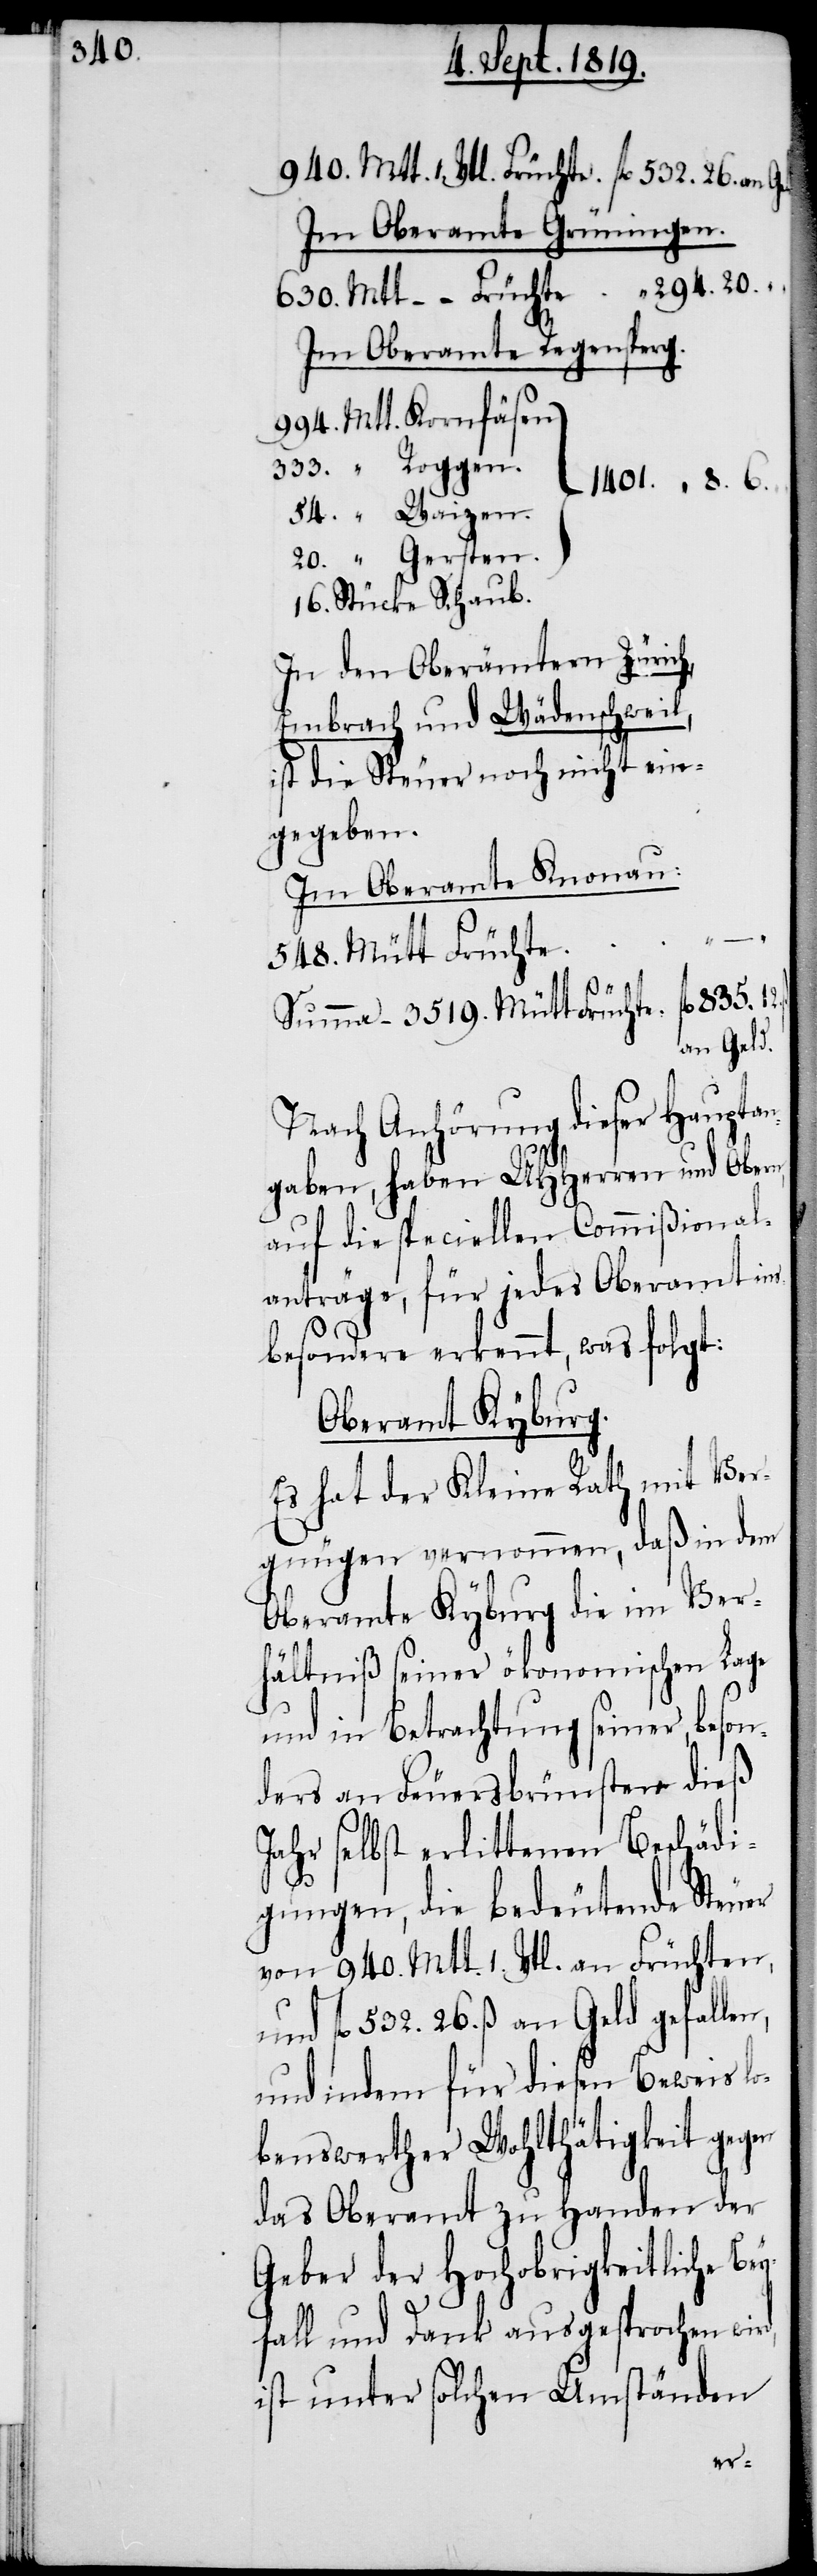
940. Mtt. 1. Vtl. Früchte. 	fl. 532. 26. an
Im Oberamte Grüningen.
630. Mtt – – Früchte	fl. 294. 20.
Im Oberamte Regensperg.
994. Mtt. Kornfäsen
333. " Roggen.
}1401. " 8. 6.
54. " Waizen.
20. " Gersten.
16. Stücke Schaub.
In den Oberämtern Zürich,
Embrach und Wädenschweil,
ist die Steuer noch nicht ein¬
gegeben.
Im Oberamte Knonau:
548. Mütt Früchte	"
12. ß.
Summa – 3519. Mütt Frücht¬
an Geld.
Nach Anhörung dieser Hauptan¬
gaben, haben UHHerren und Obern,
auf die speciellen Commißional¬
anträge, für jedes Oberamt ins¬
besondere erkennt, was folgt:
Oberamt Kyburg.
Es hat der Kleine Rath mit Ver¬
gnügen vernommen, daß in dem
Oberamte Kyburg die im Ver¬
hältniß seiner ökonomischen Lage
und in Betrachtung seiner, beson¬
ders an Feuersbrünsten dieß
Jahr selbst erlittenen Beschädi¬
gungen, die bedeutende Steuer
von 940. Mtt. 1. Vtl. an Früchten,
und fl. 532. 26. ß an Geld gefallen,
und indem für diesen Beweis l¬
obenswerther Wohltätigkeit gegen
das Oberamt zu Handen der
Geber der Hochobrigkeitliche Be¬
yfall und Dank ausgesprochen wird,
ist unter solchen Umständen